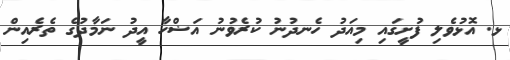
ޅ. އޮޅުވެލި ފުށީގައި މިއަދު ހެނދުނު ކުރެވުނު އަޟްހާ އީދު ނަމާދުގެ ތެރެއިން